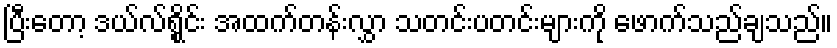
ပြီးတော့ ဒယ်လ်ရွိုင်း အထက်တန်းလွှာ သတင်းပတင်းများကို ဖောက်သည်ချသည်။